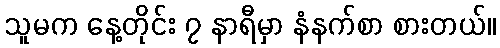
သူမက နေ့တိုင်း ၇ နာရီမှာ နံနက်စာ စားတယ်။